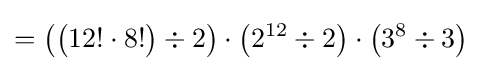
={\bigl (}{\bigl (}12!\cdot 8!{\bigr )}\div 2{\bigr )}\cdot {\bigl (}2^{12}\div 2{\bigr )}\cdot {\bigl (}3^{8}\div 3{\bigr )}